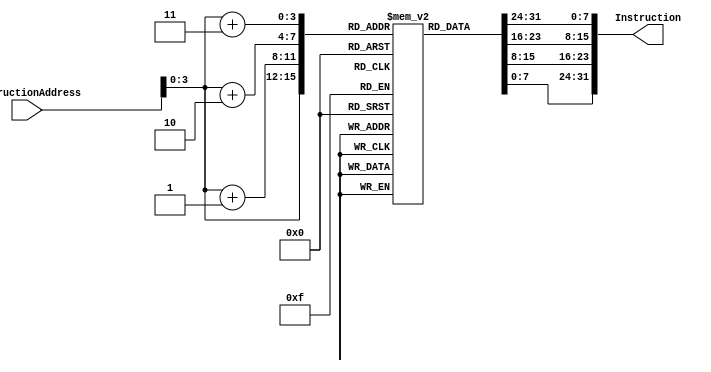
module Instruction_Memory
  (
	input  wire [63:0] InstructionAddress,
	output reg [31:0] Instruction
	);
	
	//16 8-bits memory Array registers
	reg [7:0] memReg [15:0];		
	
	initial
	begin
	  //initializing 16 locations with random values
		memReg[0] <= 8'b00110011;		
		memReg[1] <= 8'b10000010;	
		memReg[2] <= 8'b01100010;	
		memReg[3] <= 8'b00000000;	
		memReg[4] <= 8'b00110011;	
		memReg[5] <= 8'b00000100;	
		memReg[6] <= 8'b00110010;	
		memReg[7] <= 8'b01000000;	
		memReg[8] <= 8'b10110011;	
		memReg[9] <= 8'b00000011;	
		memReg[10] <= 8'b01000100;	
		memReg[11] <= 8'b00000000;	
		memReg[12] <= 8'b10110011;	
		memReg[13] <= 8'b10000100;	
		memReg[14] <= 8'b01100010;	
		memReg[15] <= 8'b00000000;	
	end
	
	//whenever an Inst_Address field is changed,Inst_Address should appear at the 32-bit output port, Instruction. 
  always @(InstructionAddress)
	 begin
	   //Concatenating the InstructionAddress According to The MSB TO LSB ORDER.
	   //INST + 3 -> MSB (most right)
	   //INST + 2 -> MIDDLE
	   //INST + 1 -> MIDDLE
	   //INST + 0 -> LSB (most left)
		  Instruction <= {memReg[InstructionAddress[3:0]+3], memReg[InstructionAddress[3:0]+2], memReg[InstructionAddress[3:0]+1], memReg[InstructionAddress[3:0]]};
	 end
		
endmodule